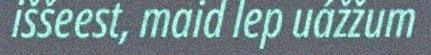
iššeest, maid lep uážžum